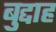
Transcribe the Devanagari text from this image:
बुद्दाह